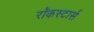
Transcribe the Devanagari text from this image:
रॉकस्टार्स